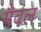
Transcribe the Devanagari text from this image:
मैवल